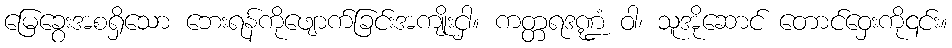
မြေခွေးအစရှိသော ဘေးရန်ကိုဖျောက်ခြင်းအကျိုးငှါ။ ကတ္တရဒဏ္ဍံ ဝါ၊ သူအိုဆောင် တောင်ဝှေးကို၎င်း။